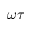
\omega \tau